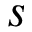
s